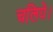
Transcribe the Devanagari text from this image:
चलिये।